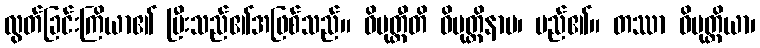
လွတ်ခြင်းကြိယာ၏ ပြီးသည်၏အဖြစ်သည်။ ဝိမုတ္တီတိ ဝိမုတ္တိနာမ၊ မည်၏။ တဿာ ဝိမုတ္တိယာ၊